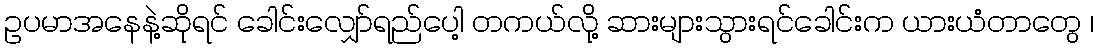
ဥပမာအနေနဲ့ဆိုရင် ခေါင်းလျှော်ရည်ပေါ့ တကယ်လို့ ဆားများသွားရင်ခေါင်းက ယားယံတာတွေ ၊